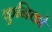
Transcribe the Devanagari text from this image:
कुनिको